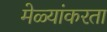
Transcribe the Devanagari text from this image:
मेळ्यांकरता